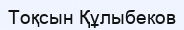
Тоқсын Құлыбеков